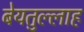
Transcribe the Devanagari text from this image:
बेयतुल्लाह